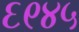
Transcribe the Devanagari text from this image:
६९४५